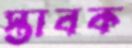
স্তাবক